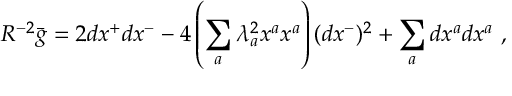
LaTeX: R ^ { - 2 } \bar { g } = 2 d x ^ { + } d x ^ { - } - 4 \left( \sum _ { a } \lambda _ { a } ^ { 2 } x ^ { a } x ^ { a } \right) ( d x ^ { - } ) ^ { 2 } + \sum _ { a } d x ^ { a } d x ^ { a } ~ ,